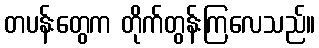
တပန်းတွေက တိုက်တွန်းကြလေသည်။